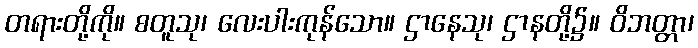
တရားတို့ကို။ စတူသု၊ လေးပါးကုန်သော။ ဌာနေသု၊ ဌာနတို့၌။ ဝိဘတ္တာ၊